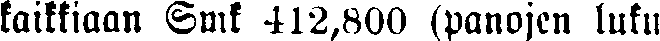
kaikkiaan Smk 412,800 (panojen luku